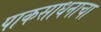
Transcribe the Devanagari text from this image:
पाकसाधनाचा